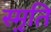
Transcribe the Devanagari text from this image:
स्मृ़ति